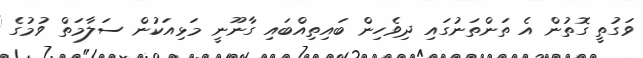
ވަގުތީ ގޮތުން އެ ތަންތަނުގައި ދިވެހިން ބައިތިއްބައި ގާނޫނީ މަޅިއަކުން ސަލާމަތް ވުމުގެ